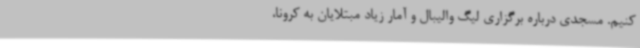
کنیم. مسجدی درباره برگزاری لیگ والیبال و آمار زیاد مبتلایان به کرونا،